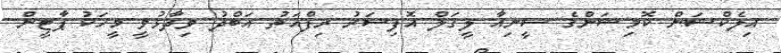
އިލެކްޝަން ކޮމިޝަންގެ ސީނިއާ ލީގަލް އޮފިސަރު ރިފްއަތު އަބްދު ވިދާޅުވީ މީހަކު ޕާޓީން